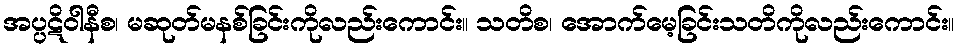
အပ္ပဋိဝါနီစ၊ မဆုတ်မနစ်ခြင်းကိုလည်းကောင်း။ သတိစ၊ အောက်မေ့ခြင်းသတိကိုလည်းကောင်း။